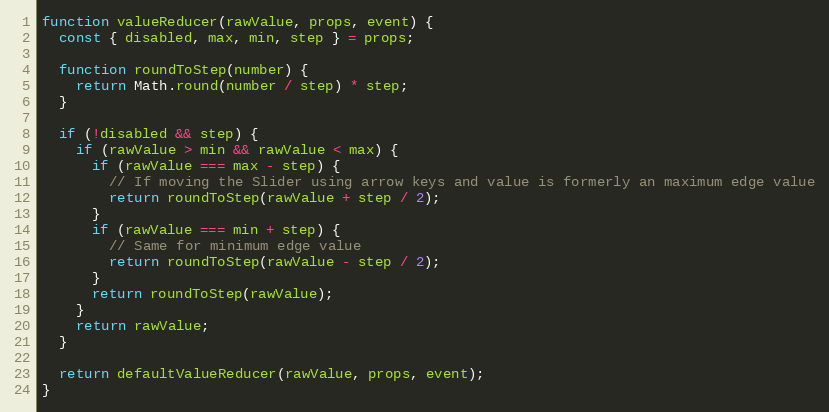
Language: JavaScript
function valueReducer(rawValue, props, event) {
  const { disabled, max, min, step } = props;

  function roundToStep(number) {
    return Math.round(number / step) * step;
  }

  if (!disabled && step) {
    if (rawValue > min && rawValue < max) {
      if (rawValue === max - step) {
        // If moving the Slider using arrow keys and value is formerly an maximum edge value
        return roundToStep(rawValue + step / 2);
      }
      if (rawValue === min + step) {
        // Same for minimum edge value
        return roundToStep(rawValue - step / 2);
      }
      return roundToStep(rawValue);
    }
    return rawValue;
  }

  return defaultValueReducer(rawValue, props, event);
}